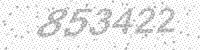
Solution: 853422